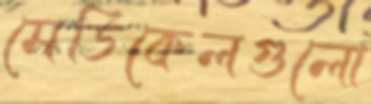
মেডিকেলগুলো